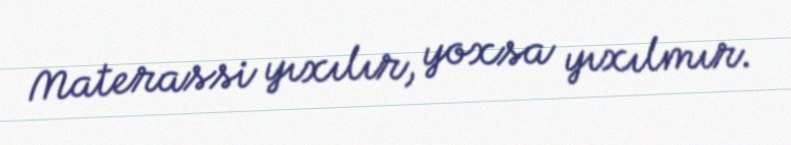
Materassi yıxılır, yoxsa yıxılmır.